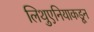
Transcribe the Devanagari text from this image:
लिथुएनियाकडून